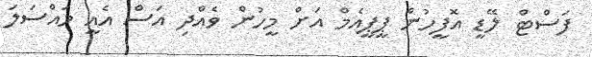
ފަސްޓް ލޭޑީ އޮފީހުން ޕީޕީއެމް އަށް މީހުން ވެއްދި އަސް އެއީ މައްސަލަ